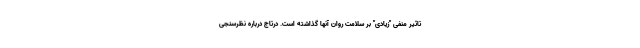
تاثیر منفی "زیادی" بر سلامت روان آنها گذاشته است. درتاج درباره نظرسنجی